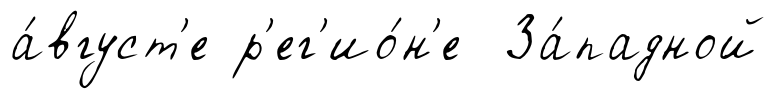
а́вгуст'е р'ег'ио́н'е За́падной